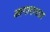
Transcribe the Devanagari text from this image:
आगारातला